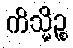
ကိသ္မိဉ္စ